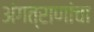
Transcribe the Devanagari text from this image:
अंगत्राणांचा